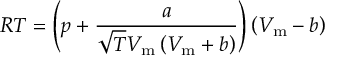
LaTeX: R T = \left( p + { \frac { a } { { \sqrt { T } } V _ { \mathrm { m } } \left( V _ { \mathrm { m } } + b \right) } } \right) \left( V _ { \mathrm { m } } - b \right)